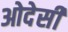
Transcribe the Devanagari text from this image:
ओदेसी